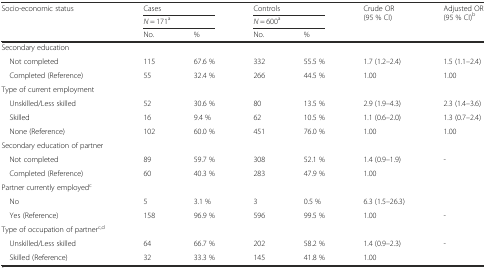
<table><thead><tr><td rowspan="3"><b>Socio-economic status</b></td><td colspan="2"><b>Cases</b></td><td colspan="2"><b>Controls</b></td><td rowspan="3"><b>Crude OR (95 % CI)</b></td><td rowspan="3"><b>Adjusted OR (95 % CI)<sup>b</sup></b></td></tr><tr><td colspan="2"><b><i>N</i> = 171<sup>a</sup></b></td><td colspan="2"><b><i>N</i> = 600<sup>a</sup></b></td></tr><tr><td><b>No.</b></td><td><b>%</b></td><td><b>No.</b></td><td><b>%</b></td></tr></thead><tbody><tr><td>Secondary education</td><td></td><td></td><td></td><td></td><td></td><td></td></tr><tr><td> Not completed</td><td>115</td><td>67.6 %</td><td>332</td><td>55.5 %</td><td>1.7 (1.2–2.4)</td><td>1.5 (1.1–2.4)</td></tr><tr><td> Completed (Reference)</td><td>55</td><td>32.4 %</td><td>266</td><td>44.5 %</td><td>1.00</td><td>1.00</td></tr><tr><td>Type of current employment</td><td></td><td></td><td></td><td></td><td></td><td></td></tr><tr><td> Unskilled/Less skilled</td><td>52</td><td>30.6 %</td><td>80</td><td>13.5 %</td><td>2.9 (1.9–4.3)</td><td>2.3 (1.4–3.6)</td></tr><tr><td> Skilled</td><td>16</td><td>9.4 %</td><td>62</td><td>10.5 %</td><td>1.1 (0.6–2.0)</td><td>1.3 (0.7–2.4)</td></tr><tr><td> None (Reference)</td><td>102</td><td>60.0 %</td><td>451</td><td>76.0 %</td><td>1.00</td><td>1.00</td></tr><tr><td>Secondary education of partner</td><td></td><td></td><td></td><td></td><td></td><td></td></tr><tr><td> Not completed</td><td>89</td><td>59.7 %</td><td>308</td><td>52.1 %</td><td>1.4 (0.9–1.9)</td><td>-</td></tr><tr><td> Completed (Reference)</td><td>60</td><td>40.3 %</td><td>283</td><td>47.9 %</td><td>1.00</td><td></td></tr><tr><td>Partner currently employed<sup>c</sup></td><td></td><td></td><td></td><td></td><td></td><td></td></tr><tr><td> No</td><td>5</td><td>3.1 %</td><td>3</td><td>0.5 %</td><td>6.3 (1.5–26.3)</td><td></td></tr><tr><td> Yes (Reference)</td><td>158</td><td>96.9 %</td><td>596</td><td>99.5 %</td><td>1.00</td><td>-</td></tr><tr><td>Type of occupation of partner<sup>c,d</sup></td><td></td><td></td><td></td><td></td><td></td><td></td></tr><tr><td> Unskilled/Less skilled</td><td>64</td><td>66.7 %</td><td>202</td><td>58.2 %</td><td>1.4 (0.9–2.3)</td><td>-</td></tr><tr><td> Skilled (Reference)</td><td>32</td><td>33.3 %</td><td>145</td><td>41.8 %</td><td>1.00</td><td></td></tr></tbody></table>